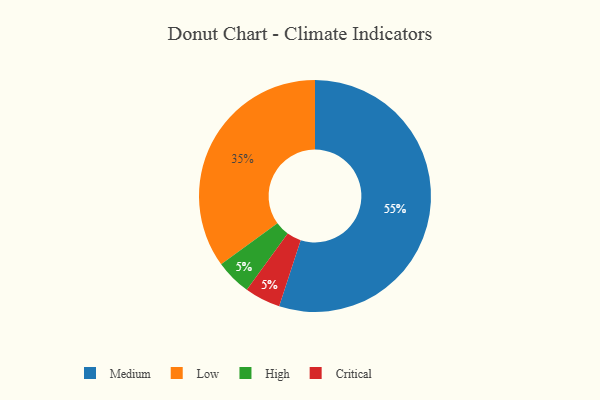
{"axis": {"x": "Category", "y": "Percentage"}, "legend": ["Critical", "High", "Low", "Medium"], "data": [{"x": "High", "y": 5, "type": "High"}, {"x": "Medium", "y": 55, "type": "Medium"}, {"x": "Critical", "y": 5, "type": "Critical"}, {"x": "Low", "y": 35, "type": "Low"}]}